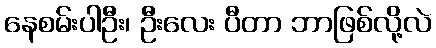
နေစမ်းပါဦး၊ ဦးလေး ပီတာ ဘာဖြစ်လို့လဲ